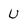
Character: U